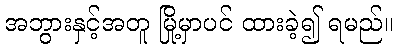
အဘွားနှင့်အတူ မြို့မှာပင် ထားခဲ့၍ ရမည်။